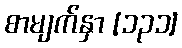
စာမျက်နှာ [၁၃၁]